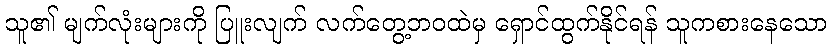
သူ၏ မျက်လုံးများကို ပြူးလျက် လက်တွေ့ဘဝထဲမှ ရှောင်ထွက်နိုင်ရန် သူကစားနေသော